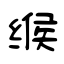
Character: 缑